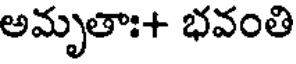
అమృతాః+ భవంతి